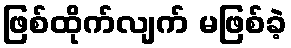
ဖြစ်ထိုက်လျက် မဖြစ်ခဲ့